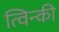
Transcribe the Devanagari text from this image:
त्विन्की